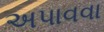
અપાવવા